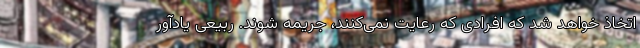
اتخاذ خواهد شد که افرادی که رعایت نمی‌کنند، جریمه شوند. ربیعی یادآور